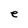
Character: e